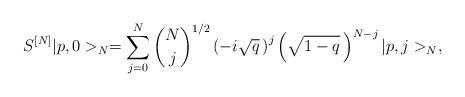
LaTeX: \begin{align*}S^{[N]} \vert p, 0>_N = \sum_{j=0}^N {N\choose j}^{1/2} \left( -i\sqrt{q} \, \right)^j \left( \sqrt{1-q} \, \right)^{N-j} \vert p, j>_N,\end{align*}